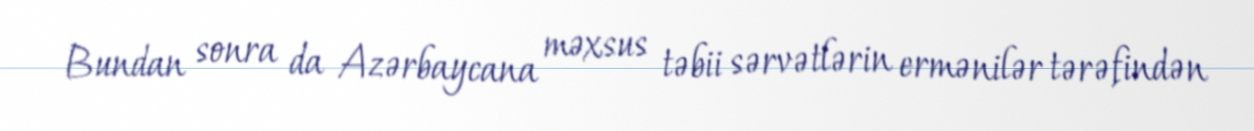
Bundan sonra da Azərbaycana məxsus təbii sərvətlərin ermənilər tərəfindən